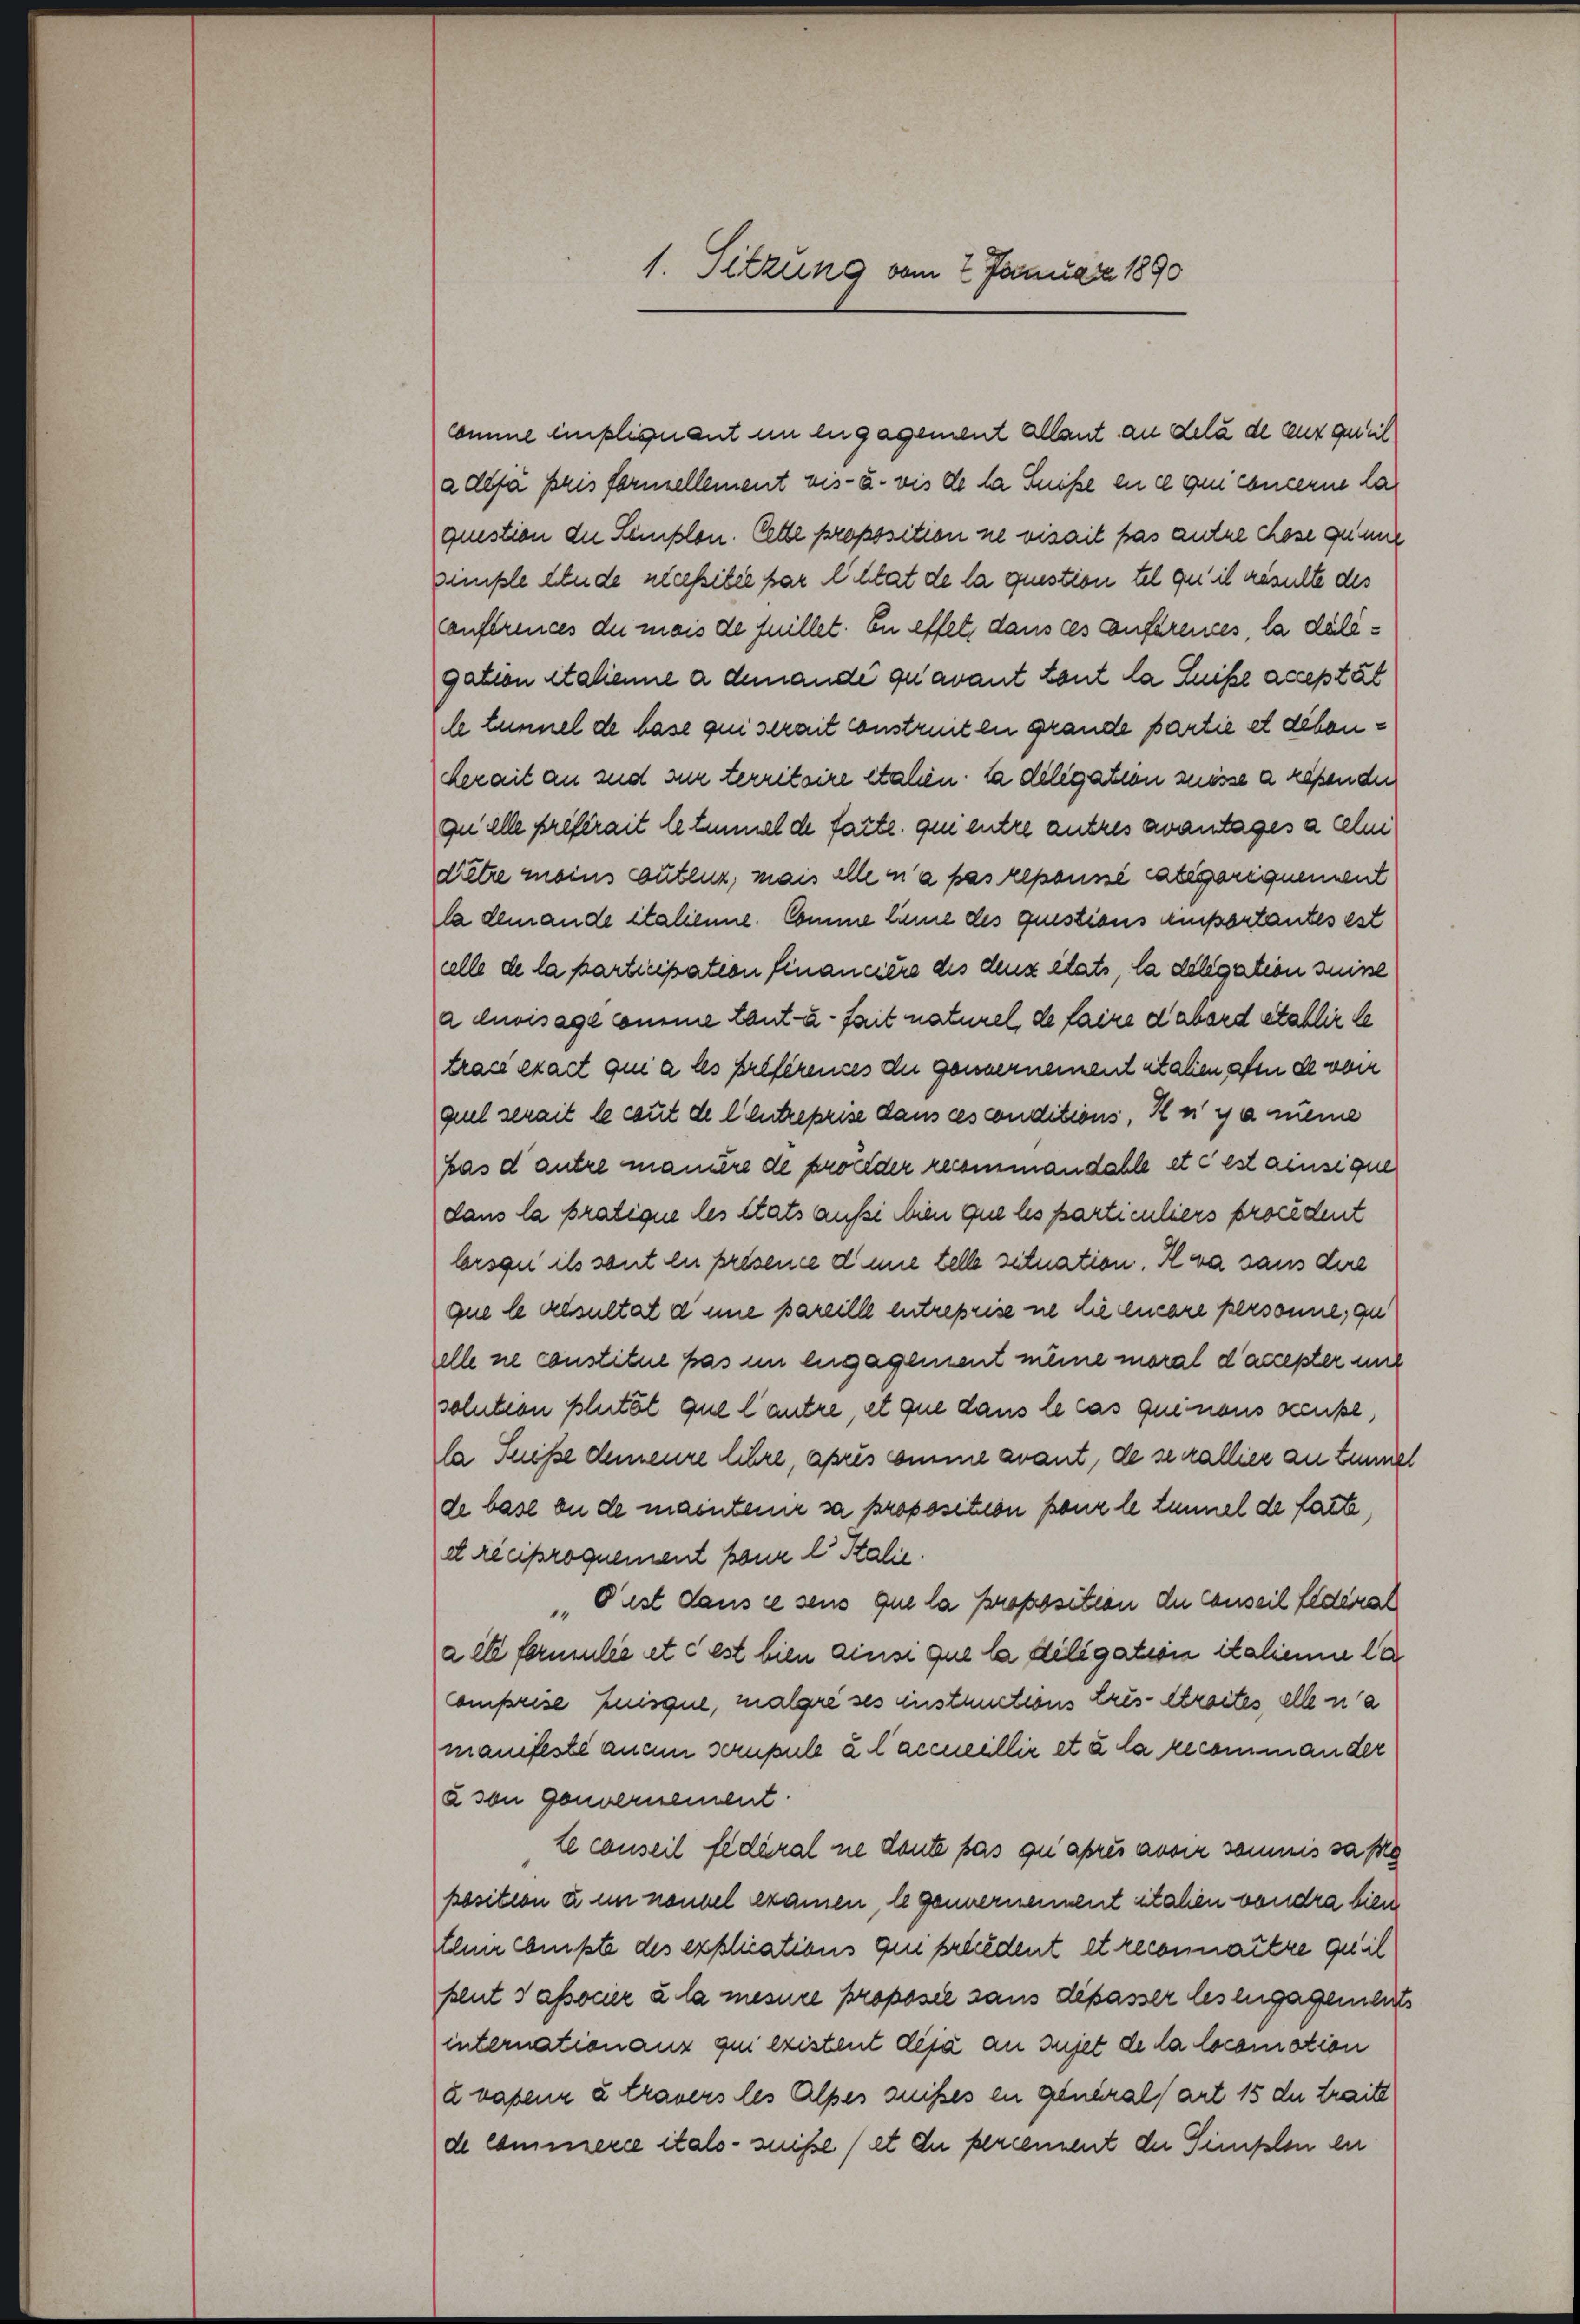
1. Sitzung vom 2. Januar 1890

comme einpliquant im engagement allant an delà de aut geweil
a déjà pris formellement vis- u. vis de la Suisse en ce qui concerne la
question die Semplon. Cette proposition ne visait pas antre chose geme
mißte Aende necessitée par lutat de la question tel qu’il resulte des
anftrences du mais de fuillet. En effet, dans ces anferences, la daligation Italienne a demandé qu’avant tout la Luise acceptat
de Lunnel de hase qui serait constreiten grande partie et debenherait an sind sur territoire etalen: da diligation zuesse a resender
quille préférait letmnmelde facte qui entre antres avantages a celui
ditre meins gutenz, mais alle n’a pas repousse Categoriquement
la demande italienne. Comme linie des questions ansportantes est
alle de la participation financiere des denz etats, la delegation suisse
a divisage comme tant u. fait naturel de faire d’abord etablir le
trac exact qui a les préférences der gonnernement italien afen de von
quel serait le caut de l Entreprise dans ces conditions, Ins y a meme
bas d’autre maniere de proceder reinmandahle etc est ainsique
dans la pratique les états auße wien que les particuliers brocédent
lorsqu’ ils sont en présence d eine telle situation. Iva sans dire
que le Ansultat dene pareille entreprise ne die lucare personne, qu
elle ne constitue pas im engagement meine moral d’accepter und
solution Blutat que l’autre, et que dans le cas quinous sceuße,
la Fniße demeure lehre, après comme avant, de serallier an Zimmel
de base an de maintenir sa proposition konz le tunnel de fatte,
et réciproquement kann l. Stalie
 Pist dans ce sens que la proposition der conseil Eldenal
a et formulie et c est bien ainsi que la diligation italienne le
Comprise huisque, malgre ses instructions Cres-Abreites elle na
manifeste anam scrupule u. laccillir et à la recommander
à son Gouvernement.
Le conseil fédéral ne deute das qu’après avoir samms sa fe
position u. im neubel examen, legennernennent italen vondra bien
Ehnr wußte des explications qui précédent et reconnaitre quel
plut sassocier à la mesure proposie sans dépasser lesengagendlichs
internationanz qui existent déjà an Iujet de la locamotion
avasenr u trauers les Alpes gnißes en general art 15 dn traite
de commerie itals suise (et du percennent der Simplon der